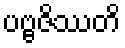
ပဗ္ဗဇိဿတိ